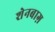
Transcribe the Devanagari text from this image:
शेनबाग़